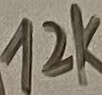
Text: 12K